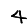
Digit: 4